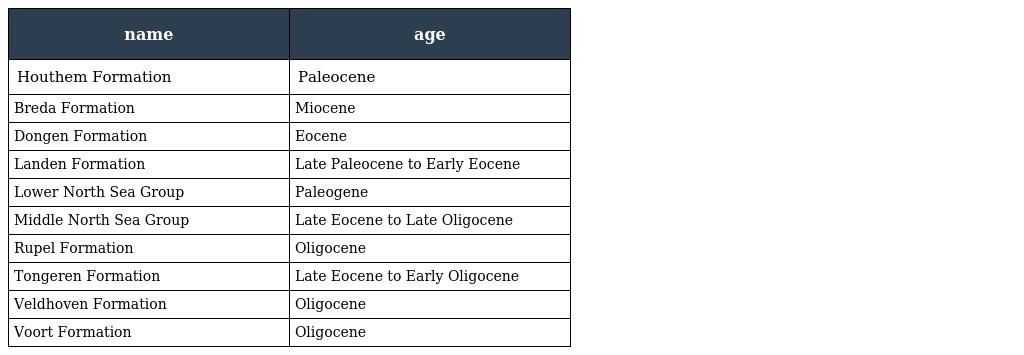
| name | age |
 | --- | --- |
 | Houthem Formation | Paleocene |
 | Breda Formation | Miocene |
 | Dongen Formation | Eocene |
 | Landen Formation | Late Paleocene to Early Eocene |
 | Lower North Sea Group | Paleogene |
 | Middle North Sea Group | Late Eocene to Late Oligocene |
 | Rupel Formation | Oligocene |
 | Tongeren Formation | Late Eocene to Early Oligocene |
 | Veldhoven Formation | Oligocene |
 | Voort Formation | Oligocene |